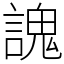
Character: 謉